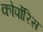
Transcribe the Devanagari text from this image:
कोर्पोरिस